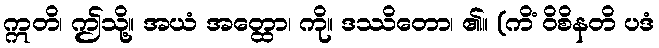
ဣတိ၊ ဤသို့။ အယံ အတ္ထော၊ ကို။ ဒဿိတော၊ ၏။ (ကိံ ဝိစိနတိ ပဒံ